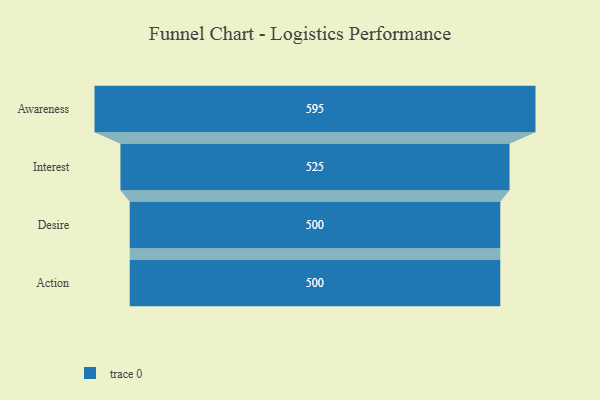
{"axis": {"x": "Stage", "y": "Value"}, "legend": [""], "data": [{"x": "Awareness", "y": 595.0, "type": ""}, {"x": "Interest", "y": 525.0, "type": ""}, {"x": "Desire", "y": 500, "type": ""}, {"x": "Action", "y": 500, "type": ""}]}